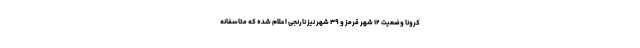
کرونا وضعیت ۱۲ شهر قرمز و ۳۹ شهر نیز نارنجی اعلام شده که متاسفانه